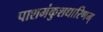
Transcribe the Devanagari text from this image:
पाशमंकुशधारिणम्